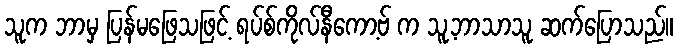
သူက ဘာမှ ပြန်မဖြေသဖြင့် ရပ်စ်ကိုလ်နီကော့ဗ် က သူ့ဘာသာသူ ဆက်ပြောသည်။